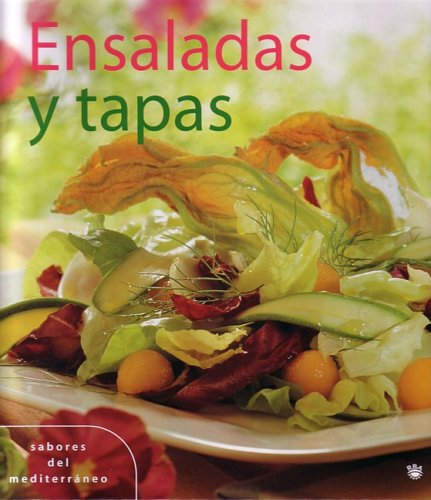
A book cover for Ensaladas y Tapas (Salads and Tops); Rba; Cookbooks, Food & Wine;